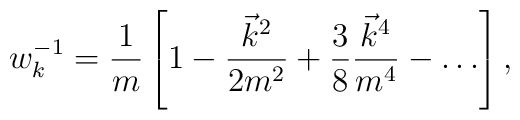
w_k^{-1}= \frac 1m\left[ 1-\frac{\vec k^2}{2m^2}+\frac 38\frac{\vec k^4}{m^4}-\ldots \right] ,